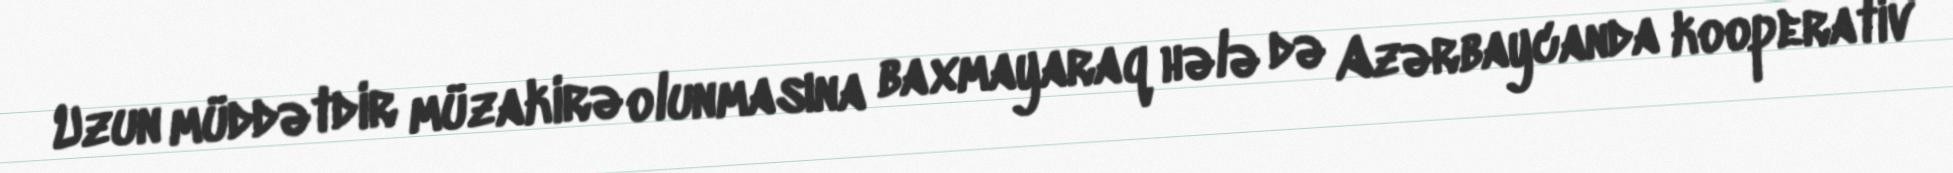
Uzun müddətdir müzakirə olunmasına baxmayaraq hələ də Azərbaycanda kooperativ